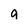
Character: g